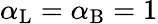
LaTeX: \alpha_{\mathrm{{L}}}=\alpha_{\mathrm{{B}}}=1